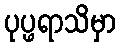
ပုပ္ဖရာသိမှာ